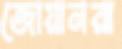
জোয়ানরা